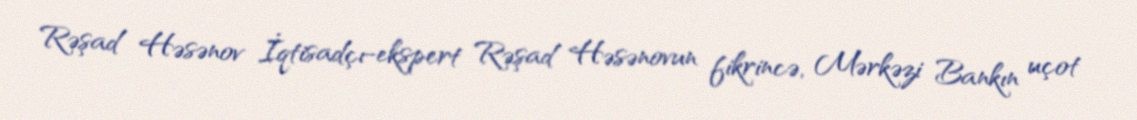
Rəşad Həsənov İqtisadçı-ekspert Rəşad Həsənovun fikrincə, Mərkəzi Bankın uçot